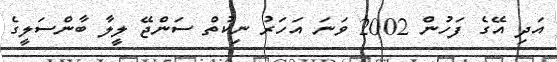
އަދި އޭގެ ފަހުން 2002 ވަނަ އަހަރު ނިކުތް ސަންޖޭ ލީލާ ބާންސަލީގެ